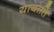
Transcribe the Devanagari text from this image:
यायाति